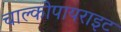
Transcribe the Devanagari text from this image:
चाल्कोपायराइट